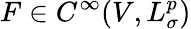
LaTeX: F\in C^{\infty}(V,L_{\sigma}^{p})